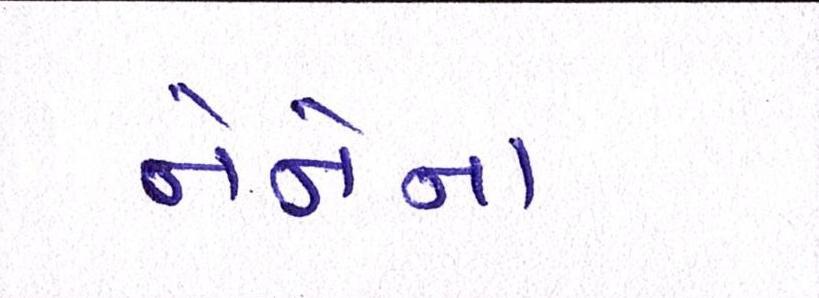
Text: નેનેના